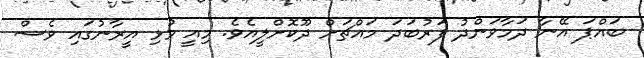
ބައްޕަ އޭނާ ދަމާވަންދު ފަރުބަދަ މައްޗަށް ދޫކޮށްލީއެވެ. މިއީ މުޅި އީރާނުގައި ވެސް